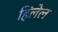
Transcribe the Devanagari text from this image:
हिलेल